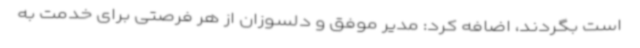
است بگردند، اضافه کرد: مدیر موفق و دلسوزان از هر فرصتی برای خدمت به